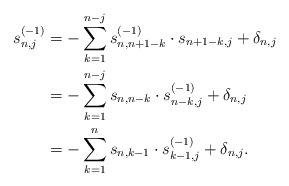
LaTeX: \begin{align*} s_{n,j}^{(-1)} & = - \sum_{k=1}^{n-j} s_{n,n+1-k}^{(-1)} \cdot s_{n+1-k,j} + \delta_{n,j} \\ & = - \sum_{k=1}^{n-j} s_{n,n-k} \cdot s_{n-k,j}^{(-1)} + \delta_{n,j} \\ & = -\sum_{k=1}^{n} s_{n,k-1} \cdot s_{k-1,j}^{(-1)} + \delta_{n,j}. \end{align*}